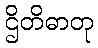
ဌိတိဓာတု